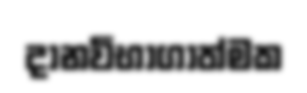
දානවිභාගාත්මක